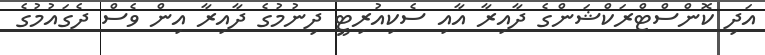
އަދި ކޮންސްޓްރަކްޝަންގެ ދާއިރާ އާއި ސެކިއުރިޓީ ދިނުމުގެ ދާއިރާ އިން ވެސް ދެގައުމުގެ